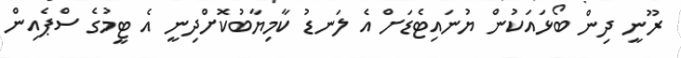
ރޫނީ ދިން ބޯޅައަކުން ޔުނައިޓެޑަށް އެ ލަނޑު ކާމިޔާބުކޮށްދިނީ އެ ޓީމުގެ ސްޕެއިން